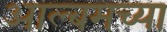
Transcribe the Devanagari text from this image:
आल्बमच्या